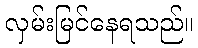
လှမ်းမြင်နေရသည်။